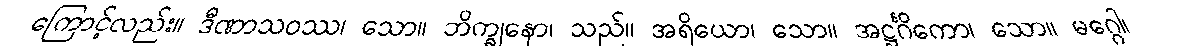
ကြောင့်လည်း။ ဒီဏာသဝဿ၊ သော။ ဘိက္ခုနော၊ သည်။ အရိယော၊ သော။ အဋ္ဌင်္ဂိကော၊ သော။ မဂ္ဂေါ၊